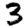
Digit: 3